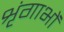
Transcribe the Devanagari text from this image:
शृंगाभों